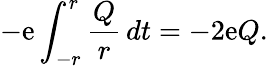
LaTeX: -\mathrm{e}\int_{-r}^{r}\frac{{Q}}{{r}}\, dt=-2\mathrm{e}Q.